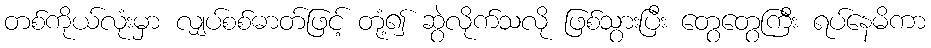
တစ်ကိုယ်လုံးမှာ လျှပ်စစ်ဓာတ်ဖြင့် တုံ့၍ ဆွဲလိုက်သလို ဖြစ်သွားပြီး တွေတွေကြီး ရပ်နေမိကာ